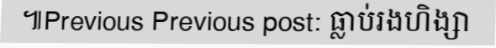
៕Previous Previous post: ធ្លាប់រងហិង្សា